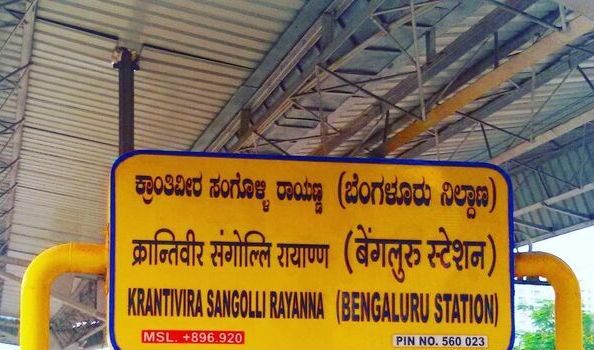
Language: kannada
Transcription: ಕ್ರಾಂತಿವೀರ ಸಂಗೊಳ್ಳಿ ಬೆಂಗಳೂರು ನಿಲ್ಲಾಣ